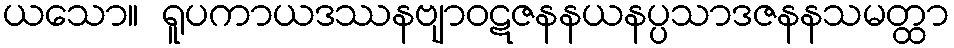
ယသော။ ရူပကာယဒဿနဗျာဝဋဇနနယနပ္ပသာဒဇနနသမတ္ထာ